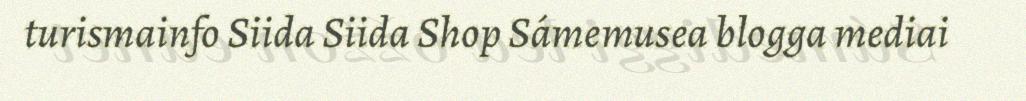
turismainfo Siida Siida Shop Sámemusea blogga mediai